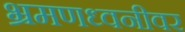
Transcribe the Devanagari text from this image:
भ्रमणध्वनीवर